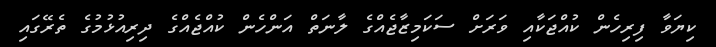
ކިޔަވާ ފިރިހެން ކުއްޖަކާއި ވަރަށް ސަކަމިޒާޖެއްގެ ލާނަތް އަންހެން ކުއްޖެއްގެ ދިރިއުޅުމުގެ ތެރޭގައި